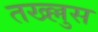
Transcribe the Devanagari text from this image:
तख्ल्लुस